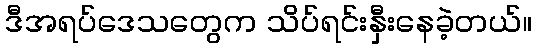
ဒီအရပ်ဒေသတွေက သိပ်ရင်းနှီးနေခဲ့တယ်။